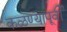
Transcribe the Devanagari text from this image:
कळण्यापूर्वी